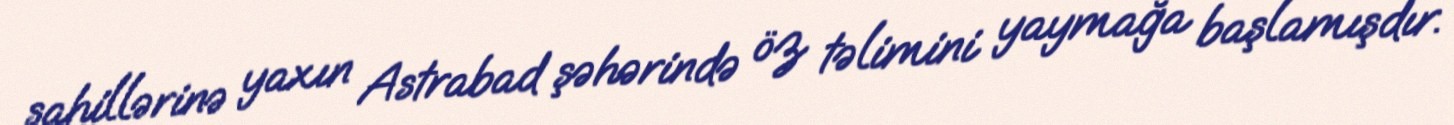
sahillərinə yaxın Astrabad şəhərində öz təlimini yaymağa başlamışdır.